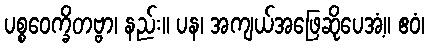
ပစ္စဝေက္ခိတဗ္ဗာ၊ နည်း။ ပန၊ အကျယ်အဖြေဆိုပေအံ့။ ဧဝံ၊